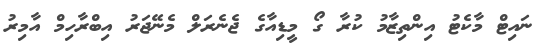
ނައިޓް މާކެޓު އިންތިޒާމު ކުރާ ގޯ މީޑިއާގެ ޖެނެރަލް މެނޭޖަރު އިބްރާހިމް އާމިރު